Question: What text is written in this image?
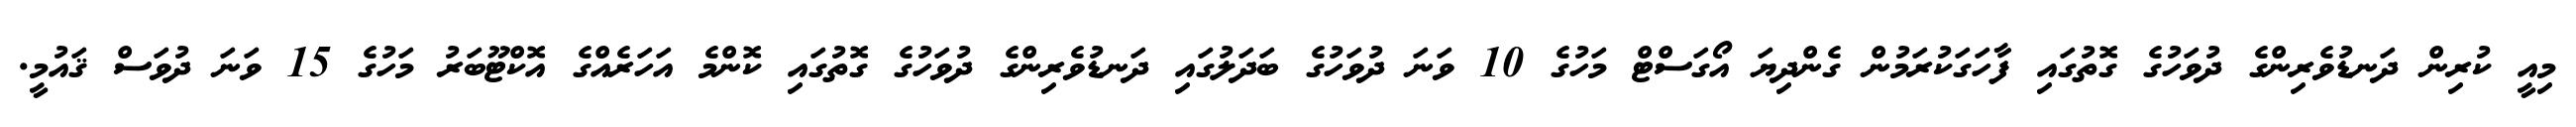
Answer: މިއީ ކުރިން ދަނޑުވެރިންގެ ދުވަހުގެ ގޮތުގައި ފާހަގަކުރަމުން ގެންދިޔަ އޯގަސްޓް މަހުގެ 10 ވަނަ ދުވަހުގެ ބަދަލުގައި ދަނޑުވެރިންގެ ދުވަހުގެ ގޮތުގައި ކޮންމެ އަހަރެއްގެ އޮކްޓޫބަރު މަހުގެ 15 ވަނަ ދުވަސް ޤައުމީ.